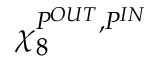
\chi _ { 8 } ^ { P ^ { O U T } , P ^ { I N } }